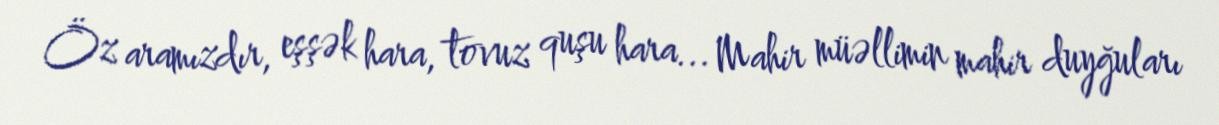
Öz aramızdır, eşşək hara, tovuz quşu hara... Mahir müəllimin mahir duyğuları